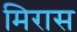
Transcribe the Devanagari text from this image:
मिरास